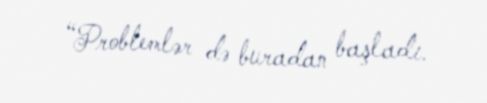
“Problemlər də buradan başladı.